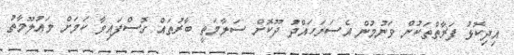
އިދިކޮޅު ފަރާތްތަކުން ވަނުމުން އެސަރަހައްދު ދޫކޮށް ސަލާމަތީ ބާރުތައް ގޮސްފައިވާ ކަމަށް މަޢުލޫމާތު